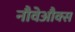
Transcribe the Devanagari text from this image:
नौवेऔक्स